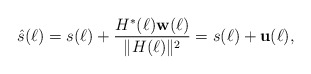
\begin{align*}\hat{s}(\ell)=s(\ell)+\frac{H^{*}(\ell)\mathbf{w}(\ell)}{\|H(\ell)\|^{2}}=s(\ell)+\mathbf{u}(\ell),\end{align*}